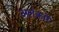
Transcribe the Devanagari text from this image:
अलंकारें